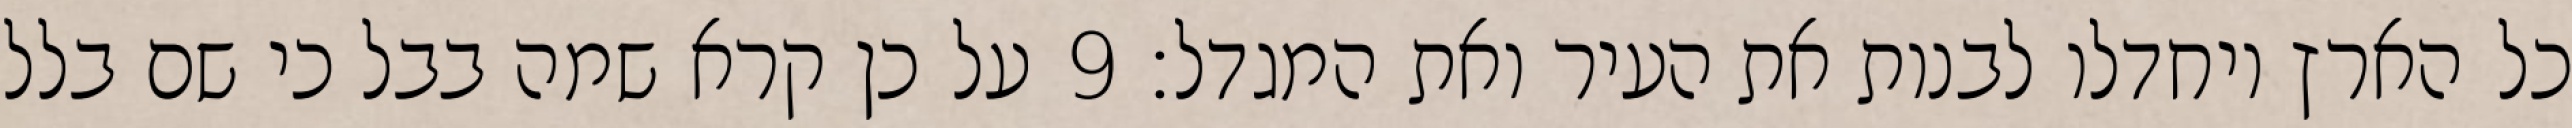
כל הארץ ויחדלו לבנות את העיר ואת המגדל׃ ‎9‏ על כן קרא שמה בבל כי שם בלל